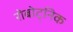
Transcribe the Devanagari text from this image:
रोबोट्निक